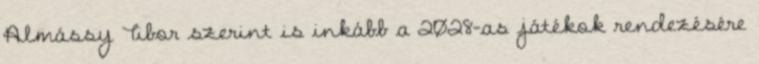
Almássy Tibor szerint is inkább a 2028-as játékok rendezésére